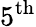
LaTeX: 5^{\mathrm{th}}